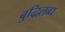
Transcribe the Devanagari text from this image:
बुद्धिलब्ध